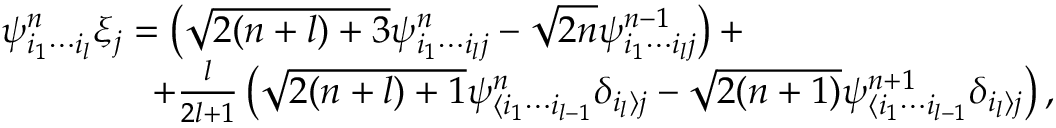
\begin{array} { r l } & { \psi _ { i _ { 1 } \cdots i _ { l } } ^ { n } \xi _ { j } = \left( \sqrt { 2 ( n + l ) + 3 } \psi _ { i _ { 1 } \cdots i _ { l } j } ^ { n } - \sqrt { 2 n } \psi _ { i _ { 1 } \cdots i _ { l } j } ^ { n - 1 } \right) + } \\ & { \qquad \qquad + \frac { l } { 2 l + 1 } \left( \sqrt { 2 ( n + l ) + 1 } \psi _ { \langle i _ { 1 } \cdots i _ { l - 1 } } ^ { n } \delta _ { i _ { l } \rangle j } - \sqrt { 2 ( n + 1 ) } \psi _ { \langle i _ { 1 } \cdots i _ { l - 1 } } ^ { n + 1 } \delta _ { i _ { l } \rangle j } \right) , } \end{array}